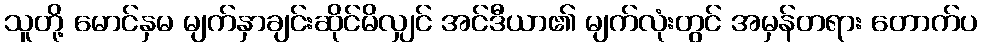
သူတို့ မောင်နှမ မျက်နှာချင်းဆိုင်မိလျှင် အင်ဒီယာ၏ မျက်လုံးတွင် အမှန်တရား တောက်ပ